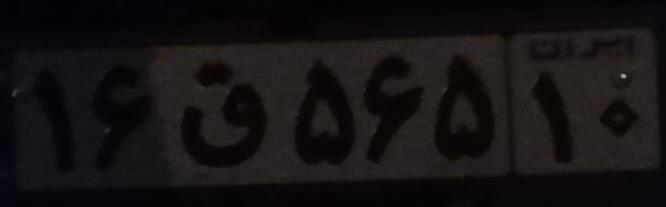
۱۶ق۵۶۵۱۰